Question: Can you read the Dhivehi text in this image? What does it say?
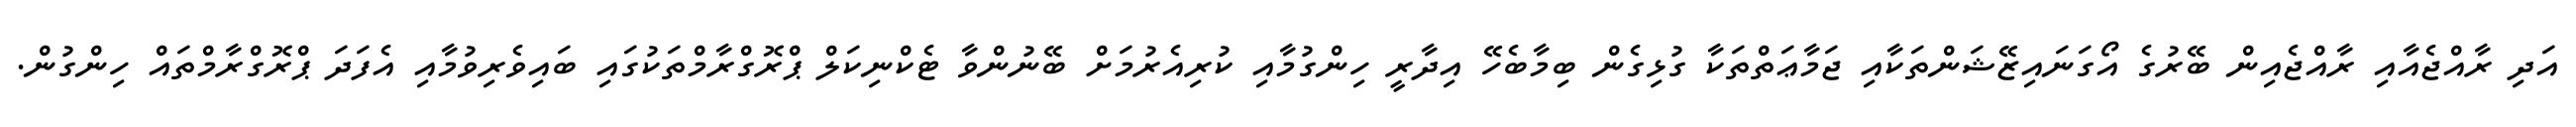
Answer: އަދި ރާއްޖެއާއި ރާއްޖެއިން ބޭރުގެ އޯގަނައިޒޭޝަންތަކާއި ޖަމާޢަތްތަކާ ގުޅިގެން ބިމާބެހޭ އިދާރީ ހިންގުމާއި ކުރިއެރުމަށް ބޭނުންވާ ޓެކްނިކަލް ޕްރޮގްރާމްތަކުގައި ބައިވެރިވުމާއި އެފަދަ ޕްރޮގްރާމްތައް ހިންގުން.